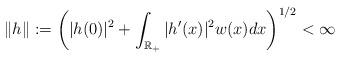
LaTeX: \begin{align*}\| h \| := \bigg( |h(0)|^2 + \int_{\mathbb{R}_+} |h'(x)|^2w(x) dx \bigg)^{1/2} < \infty\end{align*}